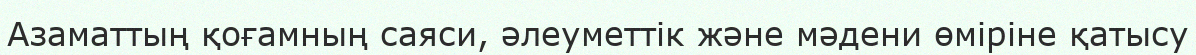
Азаматтың қоғамның саяси, әлеуметтік және мәдени өміріне қатысу